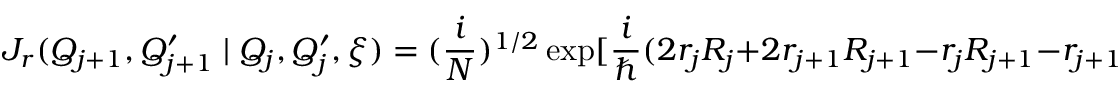
J _ { r } ( Q _ { j + 1 } , Q _ { j + 1 } ^ { \prime } \mid Q _ { j } , Q _ { j } ^ { \prime } , \xi ) = ( \frac { i } { \cal N } ) ^ { 1 / 2 } \exp [ \frac { i } { \hbar } ( 2 r _ { j } R _ { j } + 2 r _ { j + 1 } R _ { j + 1 } - r _ { j } R _ { j + 1 } - r _ { j + 1 } R _ { j } + \xi r _ { j + 1 } ) ]